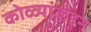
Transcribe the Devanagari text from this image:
कोळ्यांकडून